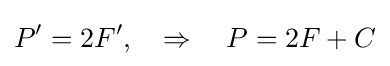
P'=2F',\quad \Rightarrow \quad P=2F+C